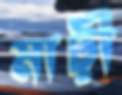
মাঢ়ী